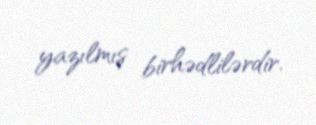
yazılmış birhədlilərdir.